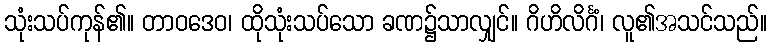
သုံးသပ်ကုန်၏။ တာဝဒေဝ၊ ထိုသုံးသပ်သော ခဏ၌သာလျှင်။ ဂိဟိလိင်္ဂံ၊ လူ၏အသင်သည်။